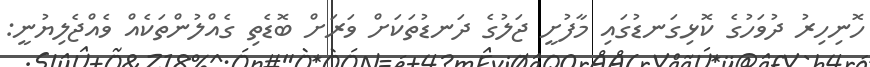
ހޮނިހިރު ދުވަހުގެ ކޮޅިގަނޑުގައި މާފުށީ ޖަލުގެ ދަނޑުތަކަށް ވަރަށް ބޮޑެތި ގެއްލުންތަކެއް ވެއްޖެލިޔުނީ: